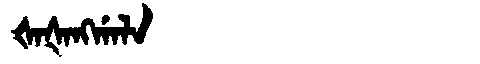
Manchu: ᡧᠠᡧᠠᠩᡤᠠᠯᠠ
Romanization: ŠAŠANGGALA